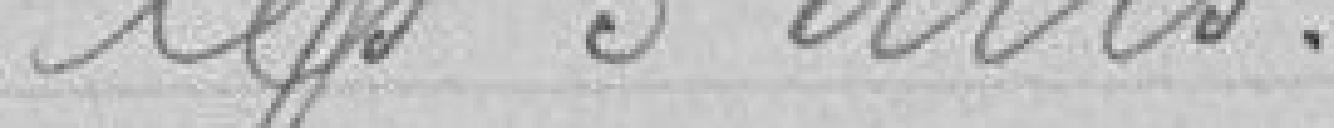
les 5 ans